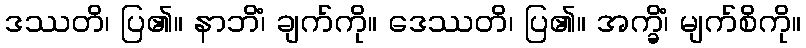
ဒဿတိ၊ ပြ၏။ နာဘိံ၊ ချက်ကို။ ဒေဿတိ၊ ပြ၏။ အက္ခိံ၊ မျက်စိကို။